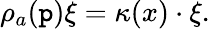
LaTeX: \rho_{a}(\mathtt{p})\xi=\kappa(x)\cdot\xi.